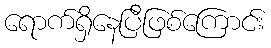
ရောက်ရှိနေပြီဖြစ်ကြောင်း